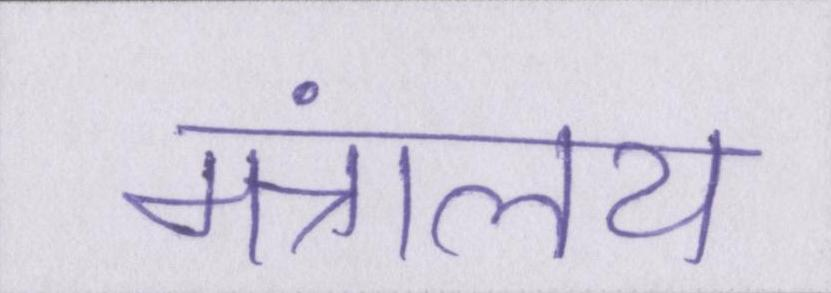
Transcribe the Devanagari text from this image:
मंत्रालय